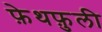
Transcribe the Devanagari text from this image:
फ़ेथफ़ुली